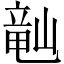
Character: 𬺘